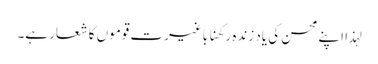
لہذا اپنے محسن کی یاد زندہ رکھنا باغیرت قوموں کا شعار ہے۔